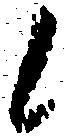
候